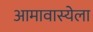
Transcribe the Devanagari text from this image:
आमावास्येला